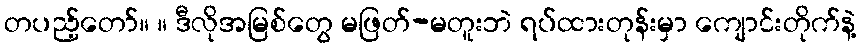
တပည့်တော်။ ။ ဒီလိုအမြစ်တွေ မဖြတ်-မတူးဘဲ ရပ်ထားတုန်းမှာ ကျောင်းတိုက်နဲ့